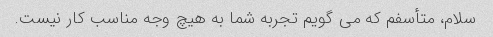
سلام، متأسفم که می گویم تجربه شما به هیچ وجه مناسب کار نیست.